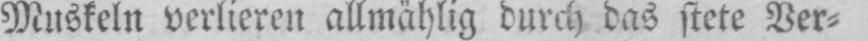
Muskeln verlieren allmählig durch das stete Ver⸗